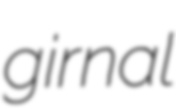
girnal